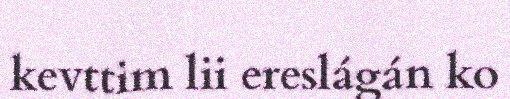
kevttim lii ereslágán ko